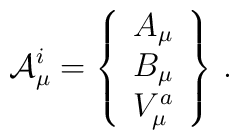
{\cal A}_\mu^i =\left\{\begin{array}{ccc}A_\mu\\B_\mu\\V_\mu^a\end{array}\right\}\, .